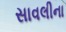
સાવલીના